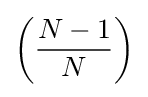
\left({\frac {N-1}{N}}\right)